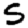
Digit: 5